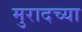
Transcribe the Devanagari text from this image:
मुरादच्या